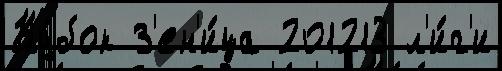
Ку́бок З'ен'и́ца 201213 л'и́г'и